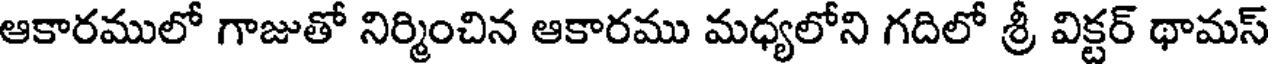
ఆకారములో గాజుతో నిర్మించిన ఆకారము మధ్యలోని గదిలో శ్రీ విక్టర్ థామస్